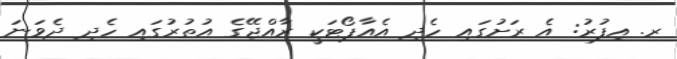
ރ. އިފުރު: އެ ރަށުގައި ހެދި އެއާޕޯޓަކީ ރާއްޖޭގެ އުތުރުގައި ހެދި ދެވަނަ